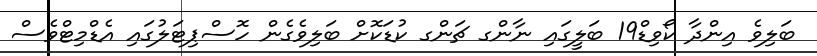
ބަލިވެ އިންދާ ކޯވިޑ19ް ބަލީގައި ނާންގ ޗަންގ ކުޑަކޮށް ބަލިވެގެން ހޮސްޕިޓަލުގައި އެޑްމިޓްވެސް